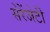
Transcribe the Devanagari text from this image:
सेरेंजेटी